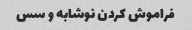
فراموش کردن نوشابه و سس